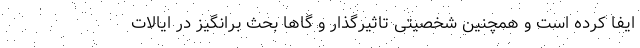
ایفا کرده است و همچنین شخصیتی تاثیرگذار و گاها بحث برانگیز در ایالات